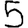
Digit: 5